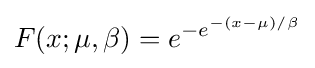
F(x;\mu ,\beta )=e^{-e^{-(x-\mu )/\beta }}